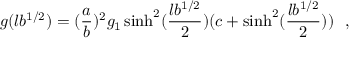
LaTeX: g ( l b ^ { 1 / 2 } ) = ( { \frac { a } { b } } ) ^ { 2 } g _ { 1 } \sinh ^ { 2 } ( { \frac { l b ^ { 1 / 2 } } { 2 } } ) ( c + \sinh ^ { 2 } ( { \frac { l b ^ { 1 / 2 } } { 2 } } ) ) ~ ~ ,